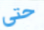
حتى